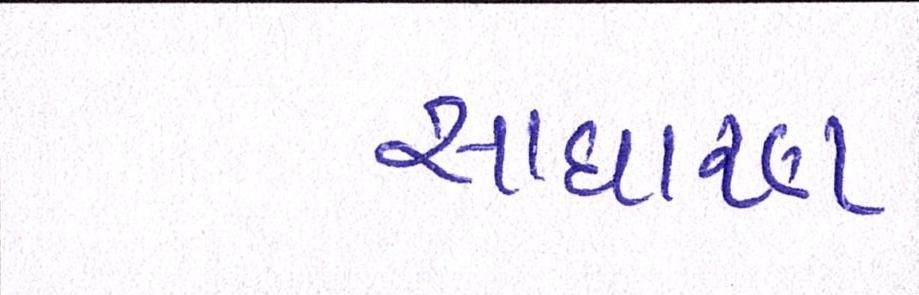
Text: સાઘારણ